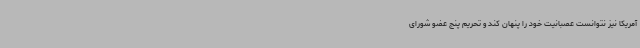
آمریکا نیز نتوانست عصبانیت خود را پنهان کند و تحریم پنج عضو شورای